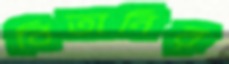
বিতানির